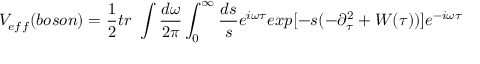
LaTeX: V _ { e f f } ( b o s o n ) = \frac { 1 } { 2 } t r \ \int \frac { d \omega } { 2 \pi } \int _ { 0 } ^ { \infty } \frac { d s } { s } e ^ { i \omega \tau } e x p [ - s ( - \partial _ { \tau } ^ { 2 } + W ( \tau ) ) ] e ^ { - i \omega \tau } \,